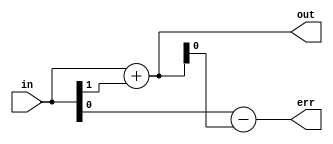
// -*- verilog -*-
//
//  USRP - Universal Software Radio Peripheral
//
//  Copyright (C) 2011 Matt Ettus
//
//  This program is free software; you can redistribute it and/or modify
//  it under the terms of the GNU General Public License as published by
//  the Free Software Foundation; either version 2 of the License, or
//  (at your option) any later version.
//
//  This program is distributed in the hope that it will be useful,
//  but WITHOUT ANY WARRANTY; without even the implied warranty of
//  MERCHANTABILITY or FITNESS FOR A PARTICULAR PURPOSE.  See the
//  GNU General Public License for more details.
//
//  You should have received a copy of the GNU General Public License
//  along with this program; if not, write to the Free Software
//  Foundation, Inc., 51 Franklin Street, Boston, MA  02110-1301  USA
//

// Rounding "macro"
// Keeps the topmost bits, does proper 2s comp round to zero (unbiased truncation)

module round
  #(parameter bits_in=0,
    parameter bits_out=0,
    parameter round_to_zero=0,       // original behavior
    parameter round_to_nearest=1,    // lowest noise
    parameter trunc=0)               // round to negative infinity
    (input [bits_in-1:0] in,
     output [bits_out-1:0] out,
     output [bits_in-bits_out:0] err);

   wire 			 round_corr,round_corr_trunc,round_corr_rtz,round_corr_nearest,round_corr_nearest_safe;
   
   assign 			 round_corr_trunc = 0;
   assign 			 round_corr_rtz = (in[bits_in-1] & |in[bits_in-bits_out-1:0]);
   assign 			 round_corr_nearest = in[bits_in-bits_out-1];

   generate
      if(bits_in-bits_out > 1)
	assign 			 round_corr_nearest_safe = (~in[bits_in-1] & (&in[bits_in-2:bits_out])) ? 0 :
				 round_corr_nearest;
      else
	assign round_corr_nearest_safe = round_corr_nearest;
   endgenerate
   
      
   assign round_corr = round_to_nearest ? round_corr_nearest_safe :
		       trunc ? round_corr_trunc : 
		       round_to_zero ? round_corr_rtz :
		       0;  // default to trunc
      
   assign out = in[bits_in-1:bits_in-bits_out] + round_corr;
   
   assign err = in - {out,{(bits_in-bits_out){1'b0}}};
   
endmodule // round